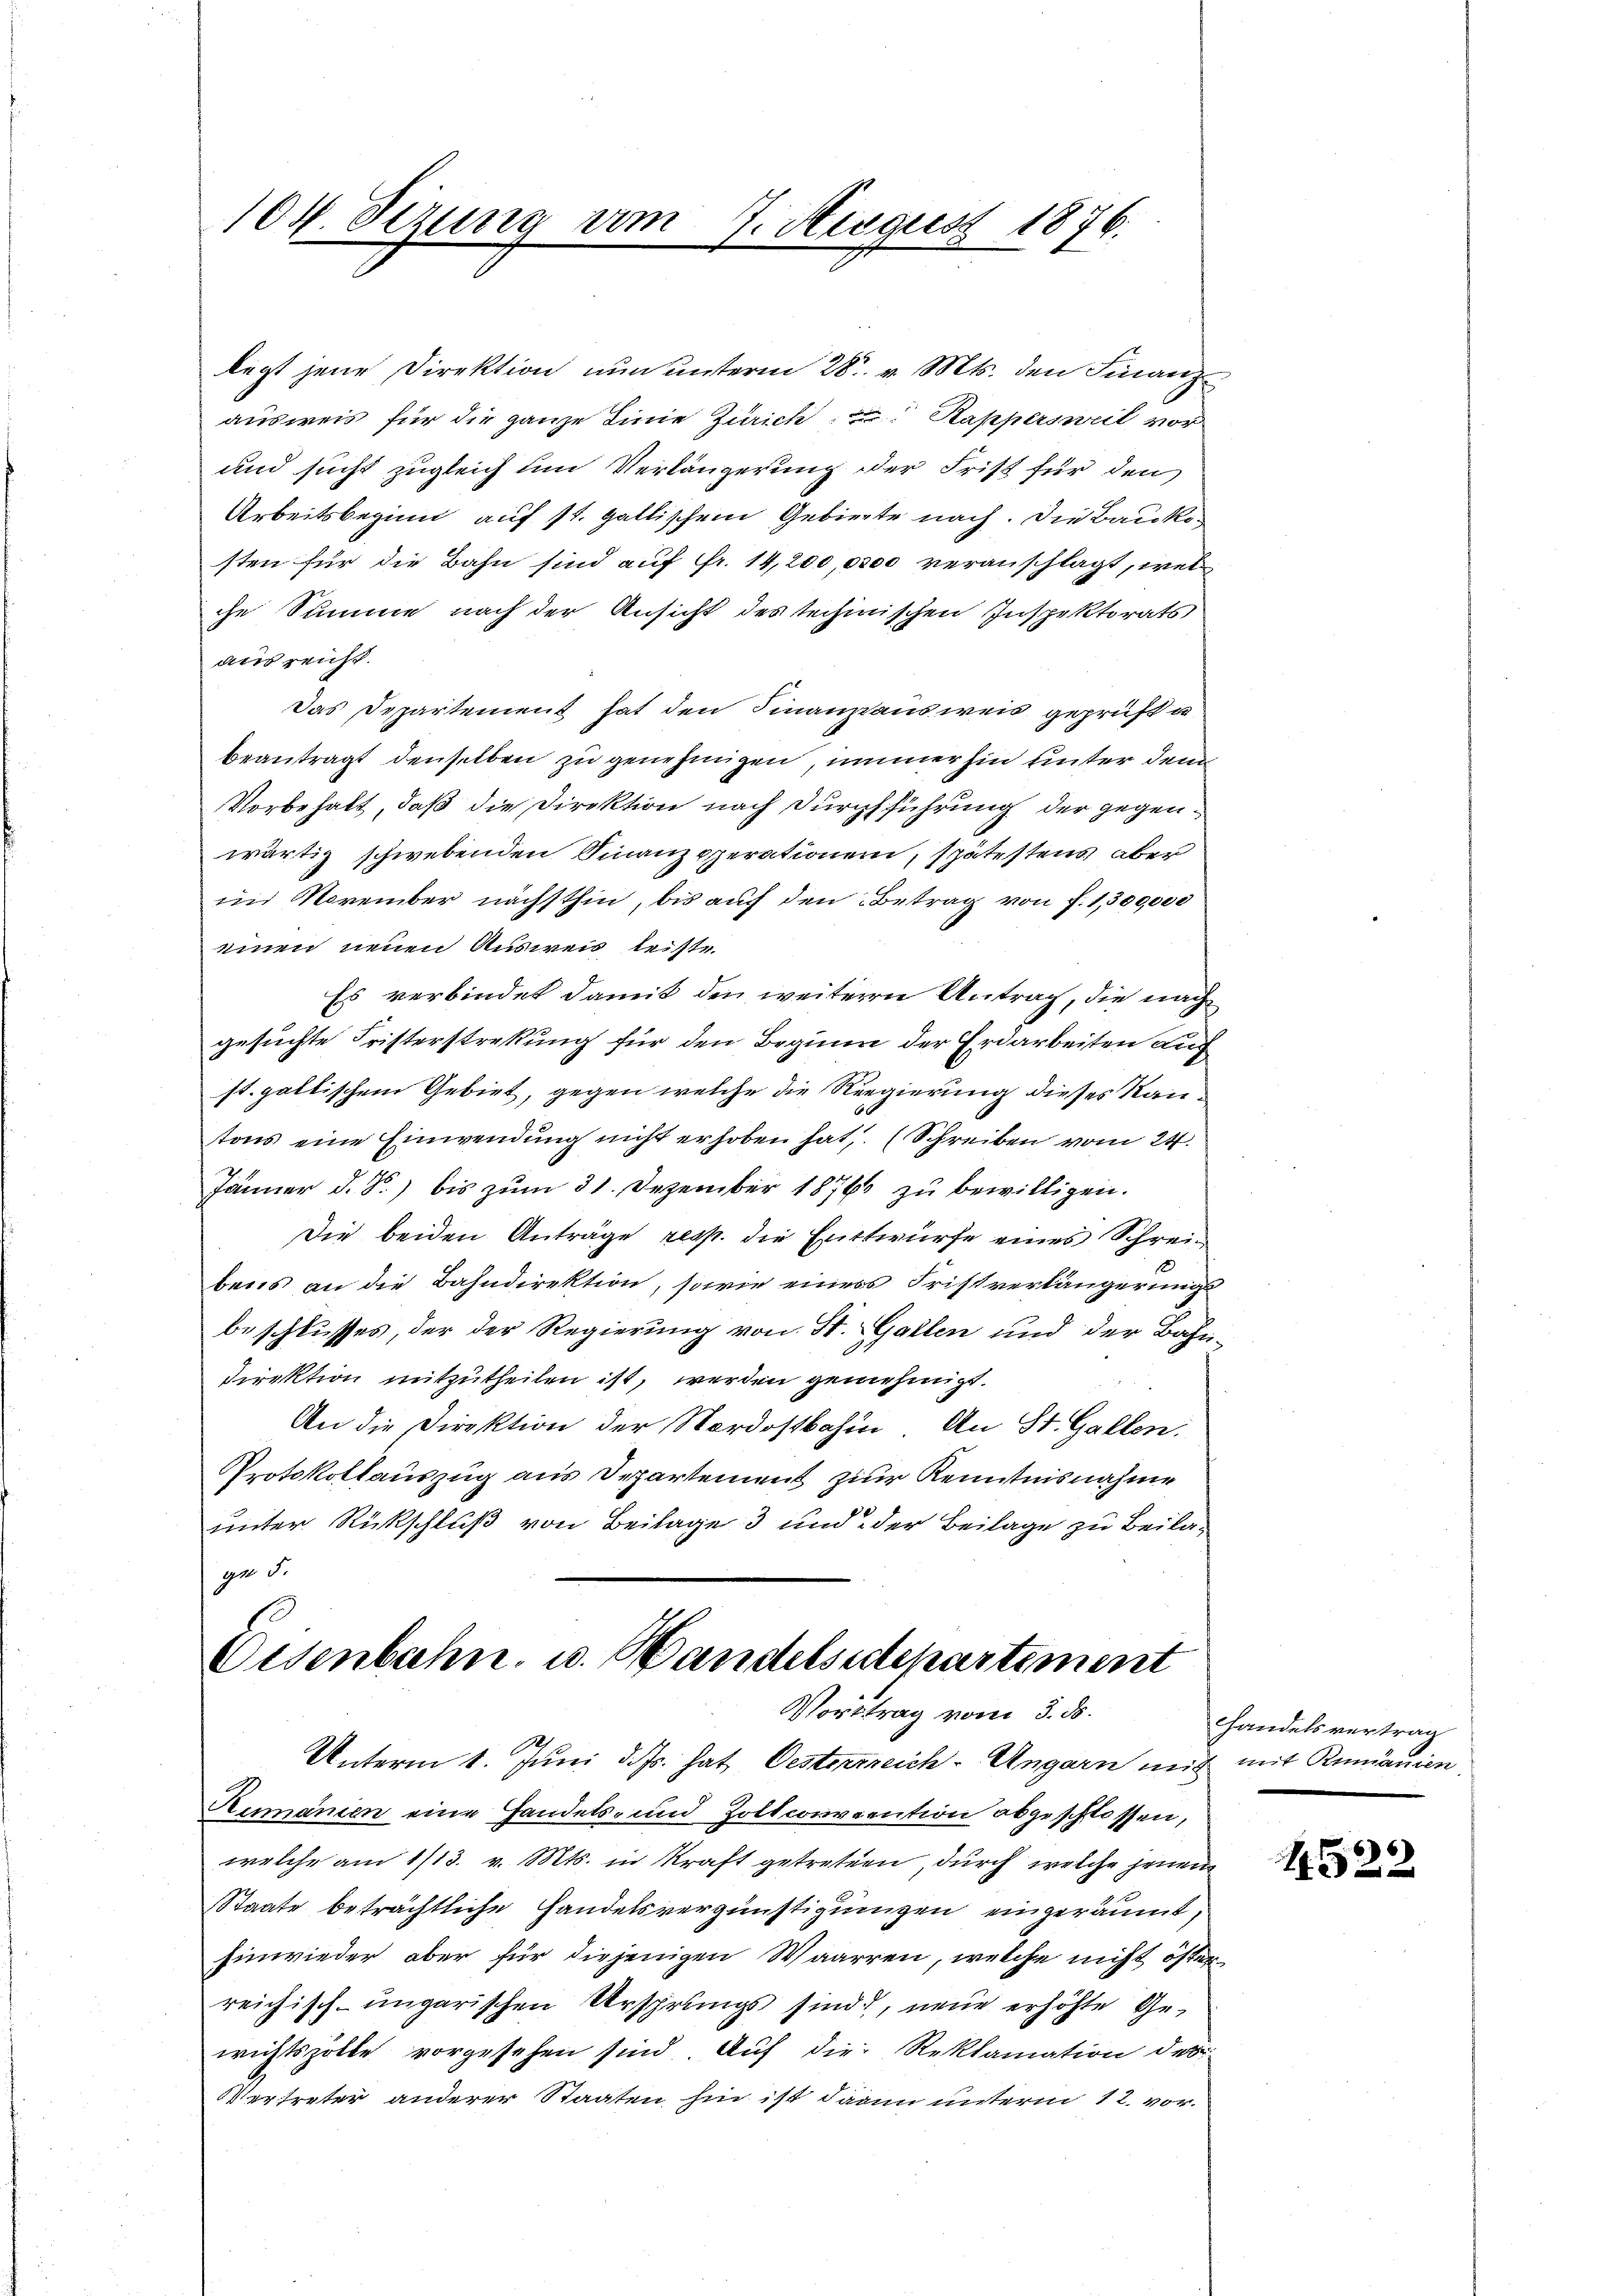
104. Seizung am 9. August 1876.

legt jene Direktion nun unterm 28. v. Mts. den Finanz-
ausweis für die ganze Linie Zürich Kappersweil vor
und sucht zugleich um Verlängerung der Frist für den
Arbeitsbeginn auf st. Gallischem Gebierte nach. Die Baukosten für die Bahn sind auf Fr. 14,200,0000 veranschlagt, welche Summe nach der Ansicht des technischen Inspektorats
ausreicht.
Das Departement hat den Finanzausweis geprüft un
beantragt denselben zu genehmigen, immer hin unter dem
Vorbehalt, daß die Direktion nach Durchführung der gegenwärtig schwebenden Finanzsperationen, spätestens aber
im November nächsthin, bis auf den Betrag von f. 1,300,000
einen neuen Ausweis leiste
Es verbindet damit den weitern Antrag, die nach
gesuchte Fristerstrekung für den Beginne der Erdarbeiten auf
st. galtischem Gebiet, gegen welche die Regierung dieses Rautons eine Einwendung nicht erhoben hat. (Schreiben vom 24.
Jänner d. d.) bis zum 31. Dezember 1876 zu bewilligen.
Die beiden Anträge resp. die Entwurfe eines Schreibens an die Bahndirektion, sowie einers Fristverlängerungsbeschlusses, der der Regierung von St. Gallen und der Bahn-
Direktion mitzutheilen ist, werden genehmigt.
An die Direktion der Nordostbahn. An St. Gallen.
Protokollauszug aus Departement zur Kenntnisnahme
unter Rückschluß von Beilage 3 und der Beilage zu Beilage S.
Osenbahn u. Handelsstepartiment

Vortrag vom 3. ds.

Unterm 1. Juni d. Js. hat Oesterreich-Ungarn mit mit Rumanien
Humanien eine Handels- und Zoltconvention abgeschlossen,
welche am 1/13. v. Mts. in Kraft getreten durch welche jenen
Staate beträchtliche Handelsvergünstigungen eingeräumt,
Einwieder, aber für diejenigen Waarren, welche nicht öfter
reichisch-ungarischen Ursprungs sind, neue erhöhte Gewichtszölle vorgesehen sind. Auf die Reklamation des
Vertreter anderer Staaten hin ist dann unterm 12. vor¬

handelsvertrag

66)
2 x